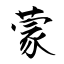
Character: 蒙